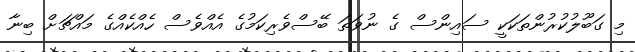
މި ގަބޫލުކުރުންތަކަކީ ސައިންސް ގެ ނުވަތަ ބޭސްވެރިކަމުގެ އެއްވެސް ހެއްކެއްގެ މައްޗަށް ބިނާ